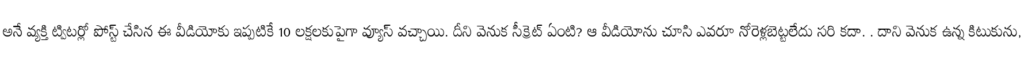
అనే వ్యక్తి ట్విటర్లో పోస్ట్ చేసిన ఈ వీడియోకు ఇప్పటికే 10 లక్షలకుపైగా వ్యూస్ వచ్చాయి. దీని వెనుక సీక్రెట్ ఏంటి? ఆ వీడియోను చూసి ఎవరూ నోరెళ్లబెట్టలేదు సరి కదా. . దాని వెనుక ఉన్న కిటుకును,